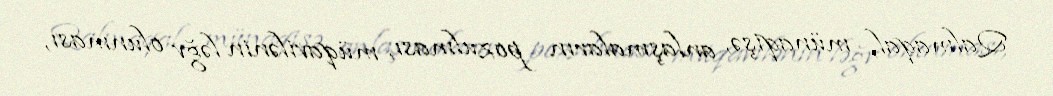
Qalmaqal, münaqişə, anlaşmaların pozulması, müqavilənin ləğv olunması,